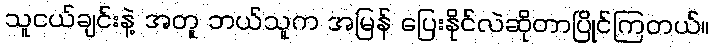
သူငယ်ချင်းနဲ့ အတူ ဘယ်သူက အမြန် ပြေးနိုင်လဲဆိုတာပြိုင်ကြတယ်။